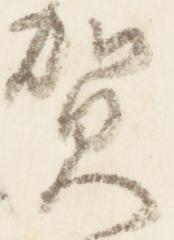
賀